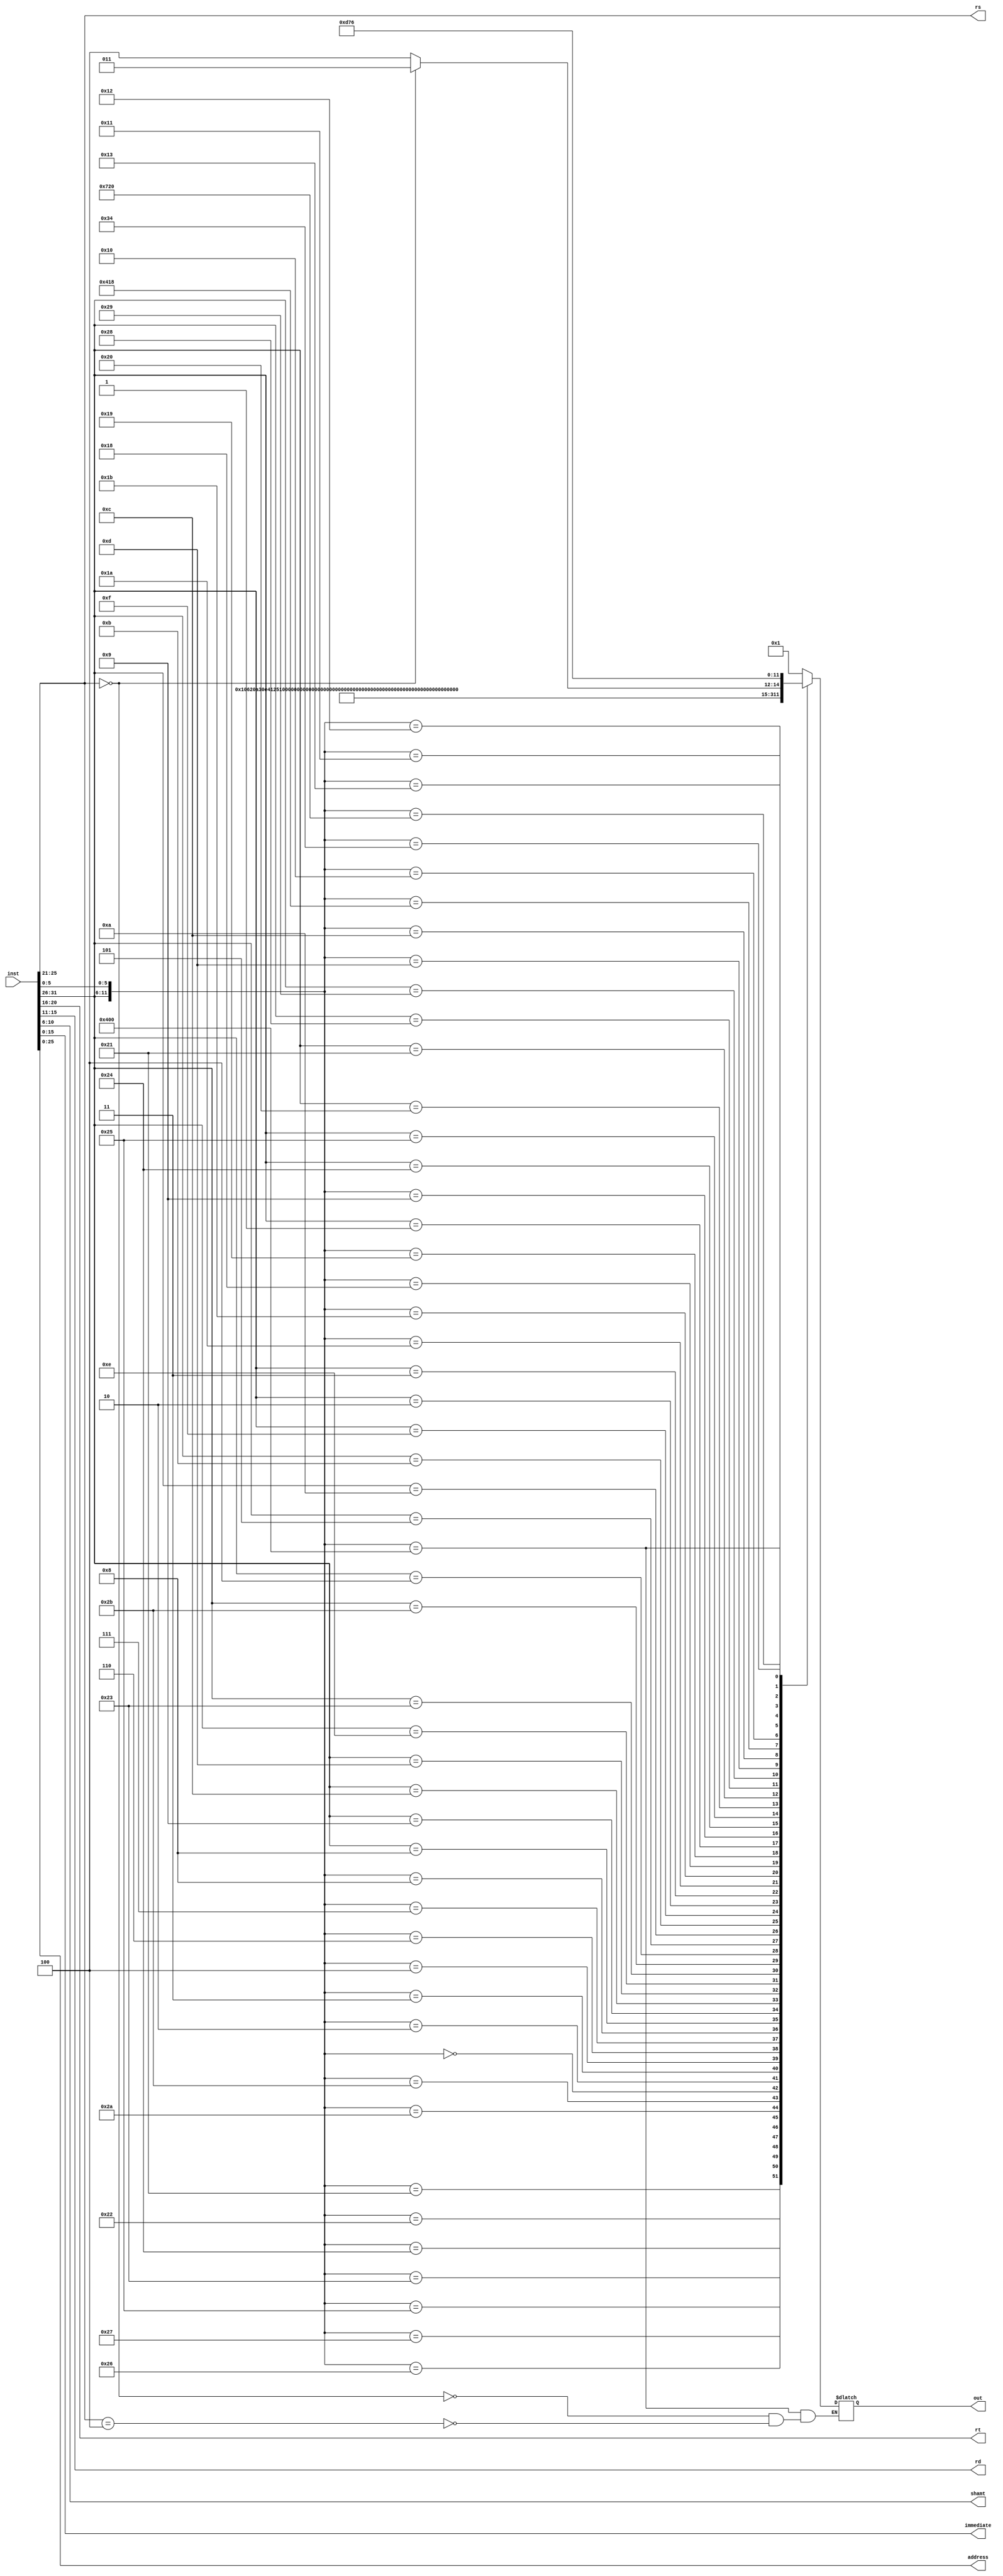
`timescale 1ns / 1ns
module decoder(
    input [31:0] inst,
    output [4:0] rs,
    output [4:0] rt,
    output [4:0] rd,
    output [4:0] shamt,
    output [15:0] immediate,
    output [25:0] address,
    output reg [5:0] out
    );
    assign rs = inst[25:21];
    assign rt = inst[20:16];
    assign rd = inst[15:11];
    assign shamt = inst[10:6];
    assign immediate = inst[15:0];
    assign address = inst[25:0];
    assign base = inst[25:21];
    assign offset = inst[15:0];
    
    parameter ADD=6'd1,ADDU=6'd2,SUB=6'd3,SUBU=6'd4,AND=6'd5,OR=6'd6,XOR=6'd7,NOR=6'd8,SLT=6'd9,SLTU=6'd10,SLL=6'd11,SRL=6'd12,SRA=6'd13,SLLV=6'd14,SRLV=6'd15,SRAV=6'd16,JR=6'd17,
    ADDI=6'd18,ADDIU=6'd19,ANDI=6'd20,ORI=6'd21,XORI=6'd22,LW=6'd23,SW=6'd24,BEQ=6'd25,BNE=6'd26,SLTI=6'd27,SLTIU=6'd28,LUI=6'd29,J=6'd30,JAL=6'd31,
    DIV=6'd32,DIVU=6'd33,MULT=6'd34,MULTU=6'd35,BGEZ=6'd36,JALR=6'd37,LBU=6'd38,LHU=6'd39,LB=6'd40,LH=6'd41,SB=6'd42,SH=6'd43,BREAK=6'd44,SYSCALL=6'd45,ERET=6'd46,MFHI=6'd47,MFLO=6'd48,
    MTHI=6'd49,MTLO=6'd50,MFC0=6'd51,MTC0=6'd52,CLZ=6'd53,TEQ=6'd54;
    
    wire [11:0] tmp;
    assign tmp = {inst[31:26],inst[5:0]};
    always @ (*)
    begin
        casez(tmp)
            12'b000000100000 :out <= ADD;
            12'b000000100001 :out <= ADDU;
            12'b000000100010 :out <= SUB;
            12'b000000100011 :out <= SUBU;
            12'b000000100100 :out <= AND;
            12'b000000100101 :out <= OR;
            12'b000000100110 :out <= XOR;
            12'b000000100111 :out <= NOR;
            12'b000000101010 :out <= SLT;
            12'b000000101011 :out <= SLTU;
            12'b000000000000 :out <= SLL;
            12'b000000000010 :out <= SRL;
            12'b000000000011 :out <= SRA;
            12'b000000000100 :out <= SLLV;
            12'b000000000110 :out <= SRLV;
            12'b000000000111 :out <= SRAV;
            12'b000000001000 :out <= JR;
            12'b001000?????? :out <= ADDI;
            12'b001001?????? :out <= ADDIU;
            12'b001100?????? :out <= ANDI;
            12'b001101?????? :out <= ORI;
            12'b001110?????? :out <= XORI;
            12'b100011?????? :out <= LW;
            12'b101011?????? :out <= SW;
            12'b000100?????? :out <= BEQ;
            12'b000101?????? :out <= BNE;
            12'b001010?????? :out <= SLTI;
            12'b001011?????? :out <= SLTIU;
            12'b001111?????? :out <= LUI;
            12'b000010?????? :out <= J;
            12'b000011?????? :out <= JAL;
            //23extend
            12'b000000011010 :out <= DIV;
            12'b000000011011 :out <= DIVU;
            12'b000000011000 :out <= MULT;
            12'b000000011001 :out <= MULTU;
            12'b000001?????? :out <= BGEZ;
            12'b000000001001 :out <= JALR;
            12'b100100?????? :out <= LBU;
            12'b100101?????? :out <= LHU;
            12'b100000?????? :out <= LB;
            12'b100001?????? :out <= LH;
            12'b101000?????? :out <= SB;
            12'b101001?????? :out <= SH;
            12'b000000001101 :out <= BREAK;
            12'b000000001100 :out <= SYSCALL;
            12'b010000011000 :out <= ERET;
            12'b000000010000 :out <= MFHI;
            12'b000000010010 :out <= MFLO;
            12'b000000010001 :out <= MTHI;
            12'b000000010011 :out <= MTLO;
            12'b010000000000 :begin
                if(rs==5'b00000) out <= MFC0;
                else if(rs==5'b00100) out <= MTC0;
            end
            12'b011100100000 :out <= CLZ;
            12'b000000110100 :out <= TEQ;
            default:          out <= 32'bx;
        endcase
    end 
endmodule